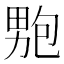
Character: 𭻚